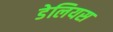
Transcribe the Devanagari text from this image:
डेलियस